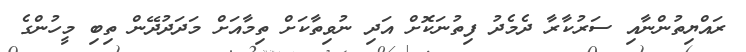
ރައްޔިތުންނާއި ސަރުކާރާ ދެމެދު ފިތުނަކޮށް އަދި ނުވިތާކަށް ތިމާއަށް މަދަދުދޭން ތިބި މީހުންގެ